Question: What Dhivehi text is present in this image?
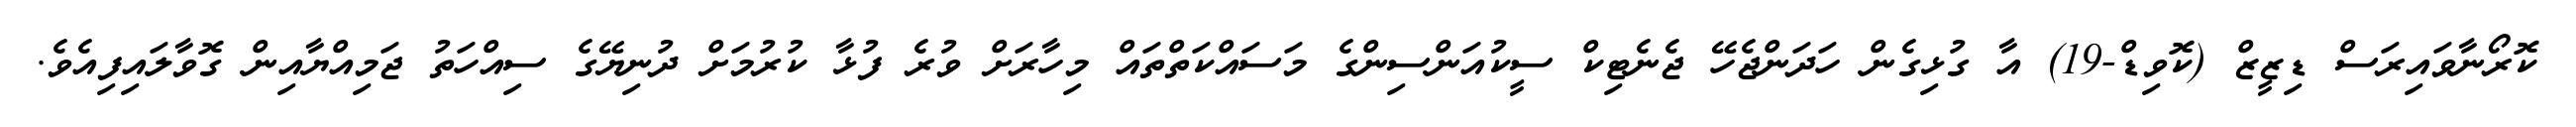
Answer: ކޮރޯނާވައިރަސް ޑިޒީޒް (ކޮވިޑް-19) އާ ގުޅިގެން ހަދަންޖެހޭ ޖެނެޓިކް ސީކުއަންސިންގެ މަސައްކަތްތައް މިހާރަށް ވުރެ ފުޅާ ކުރުމަށް ދުނިޔޭގެ ސިއްހަތު ޖަމިއްޔާއިން ގޮވާލައިފިއެވެ.